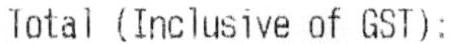
TOTAL (INCLUSIVE OF GST):